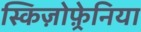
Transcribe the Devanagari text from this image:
स्किज़ोफ़्रेनिया